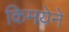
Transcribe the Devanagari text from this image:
किमयेने